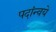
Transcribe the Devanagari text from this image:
पदांन्वये